Report on vaccination in Madras 1922-1929 - 1922-1929
Year: 1922
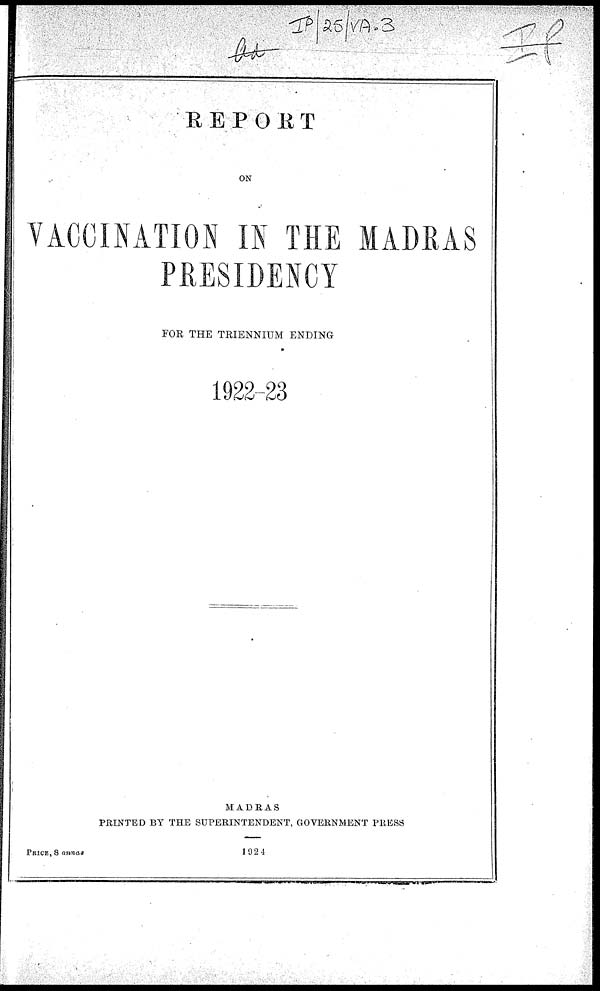
REPORT
ON
VACCINATION IN THE MADRAS
PRESIDENCY
FOR THE TRIENNIUM ENDING
1922-23
MADRAS
PRINTED BY THE SUPERINTENDENT, GOVERNMENT PRESS
PRICE, 8 annas
1924